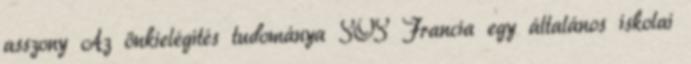
asszony Az önkielégítés tudománya SOS Francia egy általános iskolai